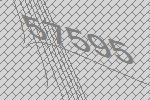
57595